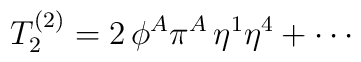
T_2^{(2)}=2\,\phi^A\pi^A\,\eta^1\eta^4+\cdots